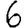
Digit: 6